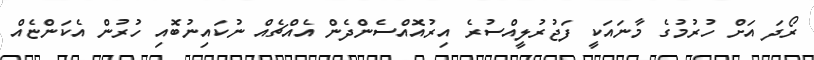
ރޯދަ އަށް ހުރުމުގެ މާނައަކީ ފަޖުރުލީއްސުރެ އިރުއޮއްސެންދެން އެއްޗެއް ނުކައިނުބޮއި ހުރުން އެކަންޏެއް